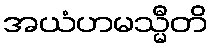
အယံဟမသ္မီတိ